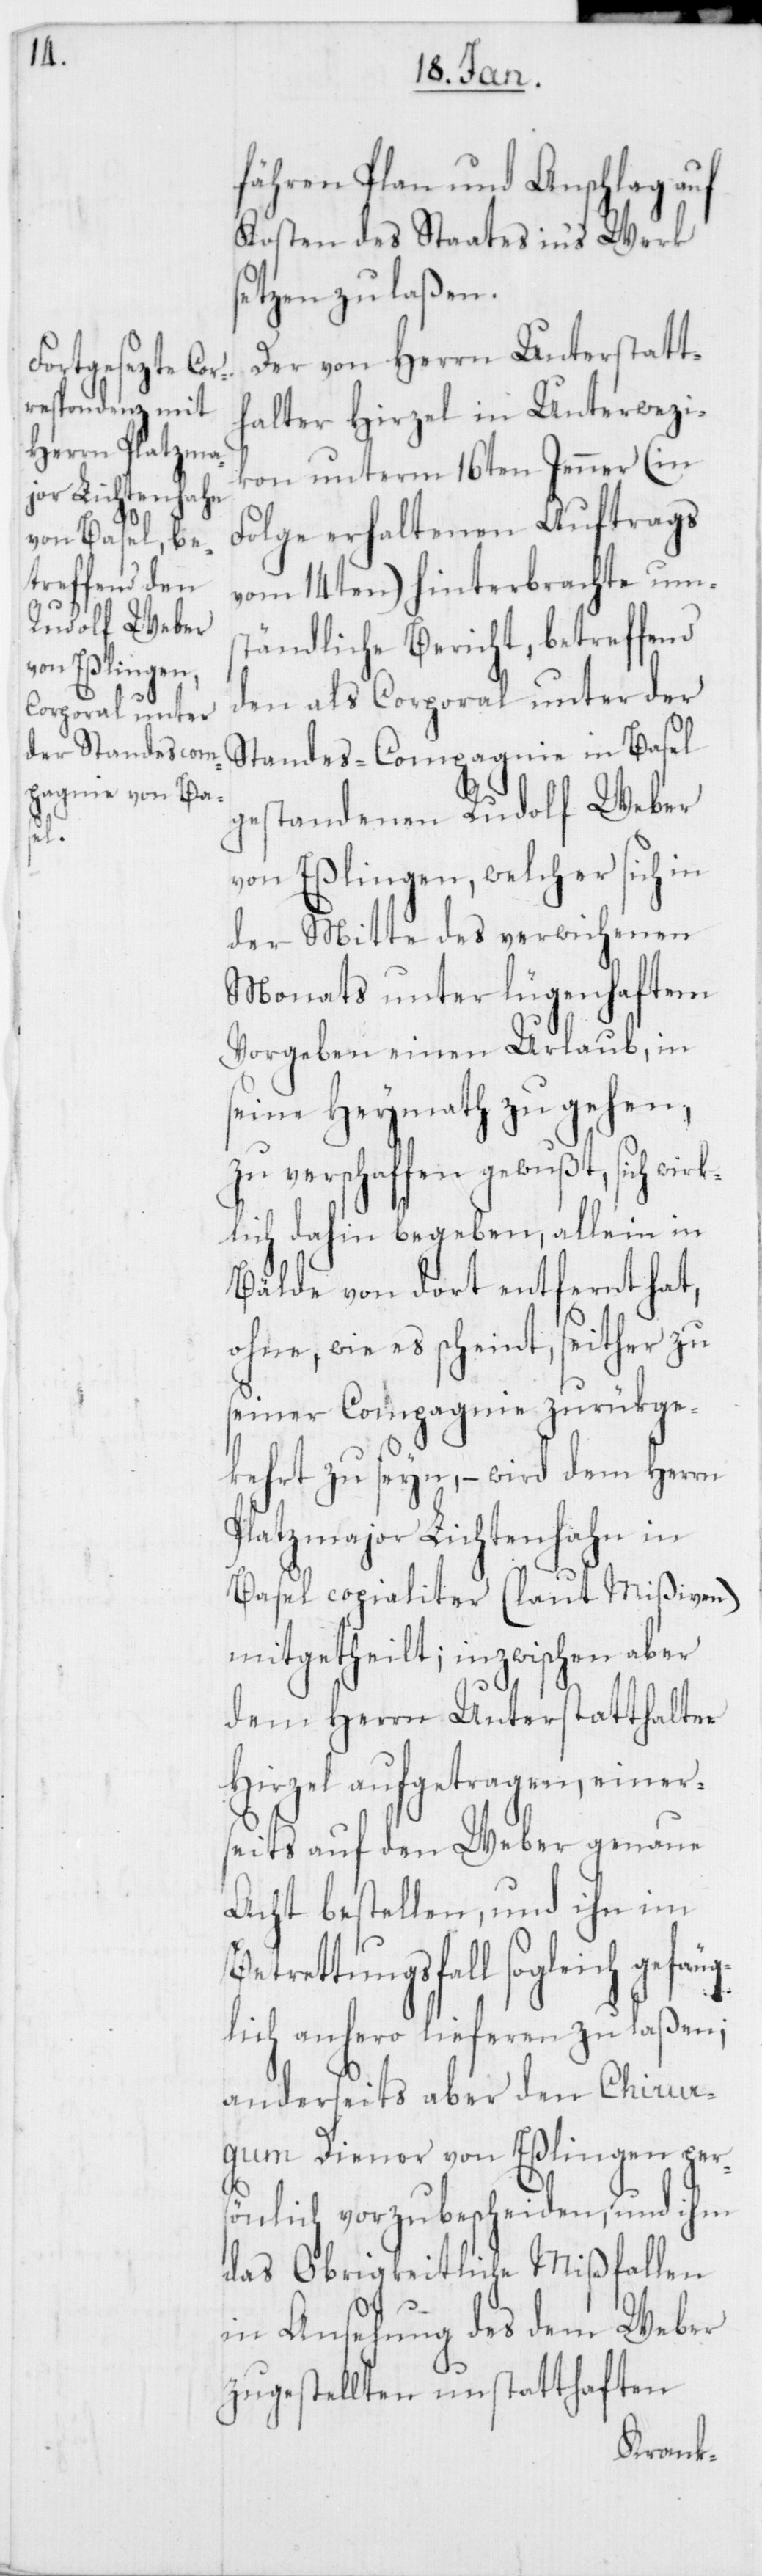
ng¬

fähren Plan und Anschlag auf
Kosten des Staats in‘s Werk
setzen zu laßen.
Der von Herrn Unterstatt¬
halter Hirzel in Unterwezi¬
kon unterm 16ten Jenner (in
Folge erhaltenen Auftrags
vom 14ten) hinterbrachte ums¬
tändliche Bericht, betreffend
den als Corporal unter der
Standes-Compagnie in Basel
gestandenen Rudolf Weber
von Eßlingen, welcher sich in
der Mitte des verwichenen
Monats unter lügenhaftem
Vorgeben einen Urlaub, in
seine Heymath zu gehen,
zu verschaffen gewußt, sich wirk¬
lich dahin begeben, allein in
Bälde von dort entfernt hat,
ohne, wie es scheint, seither zu
seiner Compagnie zurükge¬
kehrt zu seyn, – wird dem Herrn
Platzmajor Lichtenhahn in
Basel copialiter (laut Mißiven)
mitgetheilt; inzwischen aber
dem Herrn Unterstatthalter
Hirzel aufgetragen, einer¬
seits auf den Weber genaue
Acht bestellen, und ihn im
etrettungsfall sogleich gefä¬
lich anhero lieferen zu laßen;
anderseits aber dem Chirur¬
gum Diener von Eßlingen pers¬
önlich vorzubescheiden, und ihm
das Obrigkeitliche Mißfallen
in Ansehung des dem Weber
zugestellten unstatthaften